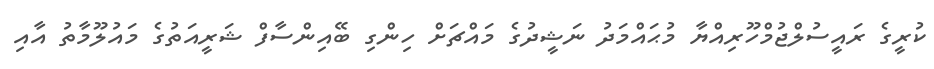
ކުރީގެ ރައީސުލްޖުމްހޫރިއްޔާ މުޙައްމަދު ނަޝީދުގެ މައްޗަށް ހިންގި ބޭއިންސާފް ޝަރީއަތުގެ މައުލޫމާތު އާއި